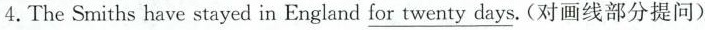
4.The Smiths have stayed in England \underline{for twenty days}.(对画线部分提问)